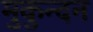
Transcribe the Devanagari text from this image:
मुकुन्दन